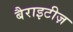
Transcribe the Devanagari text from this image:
बैराइटीज़